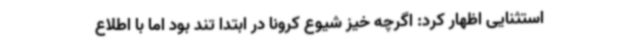
استثنایی اظهار کرد: اگرچه خیز شیوع کرونا در ابتدا تند بود اما با اطلاع